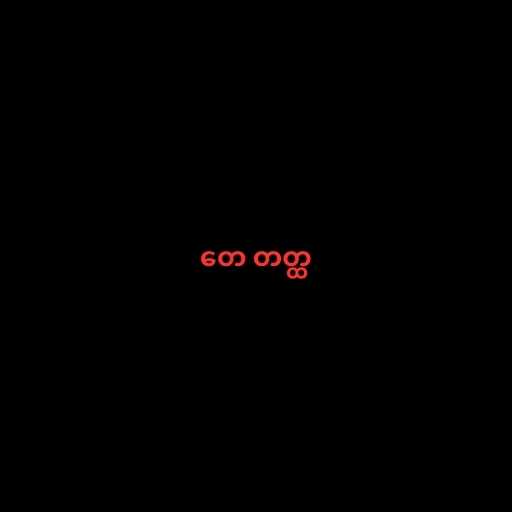
တေ တတ္ထ